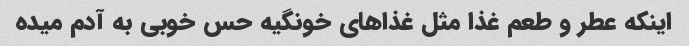
اینکه عطر و طعم غذا مثل غذاهای خونگیه حس خوبی به آدم میده